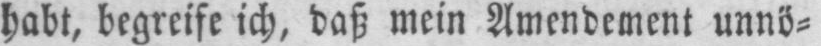
habt, begreife ich, daß mein Amendement unnö⸗